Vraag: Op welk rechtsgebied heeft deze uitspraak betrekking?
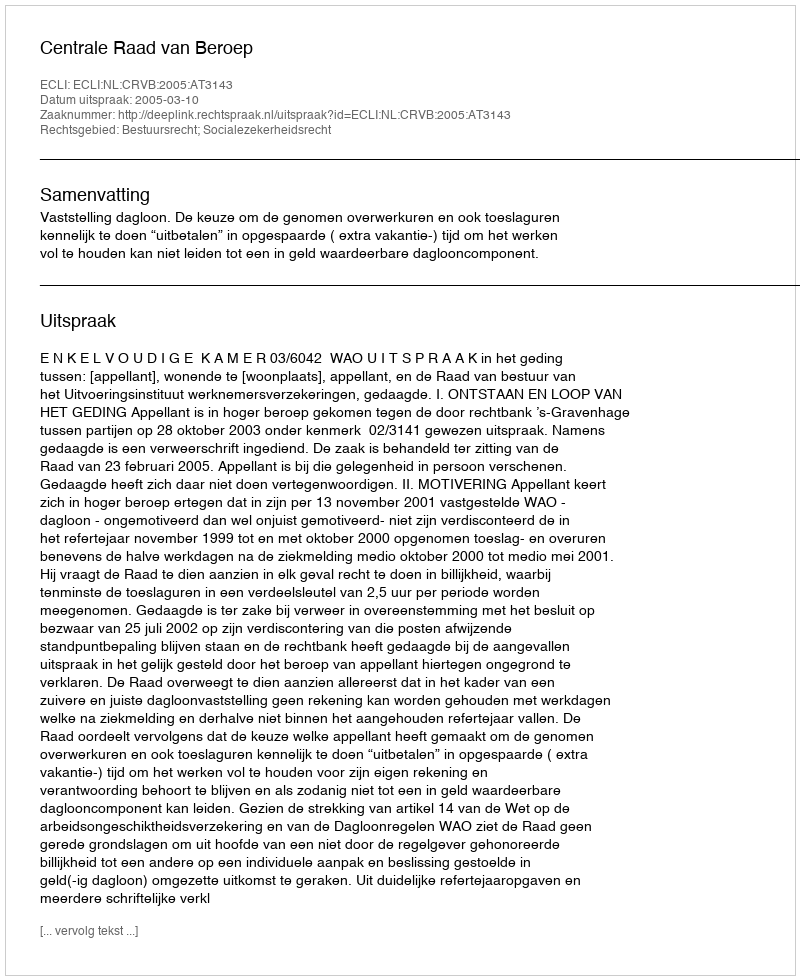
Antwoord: Bestuursrecht; Socialezekerheidsrecht